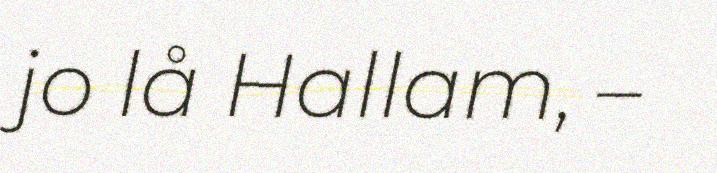
jo lå Hallam, –